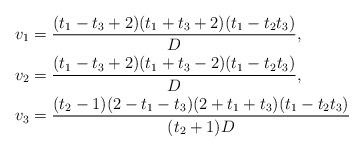
LaTeX: \begin{align*}v_1&=\frac{(t_1 - t_3+2) (t_1 + t_3+2) (t_1 - t_2 t_3)}{D},\\v_2&=\frac{(t_1 - t_3+2) (t_1 + t_3-2) (t_1 - t_2 t_3)}{D},\\v_3&=\frac{(t_2-1) (2 - t_1 - t_3) (2 + t_1 + t_3) (t_1 - t_2 t_3)}{(t_2+1) D}\end{align*}